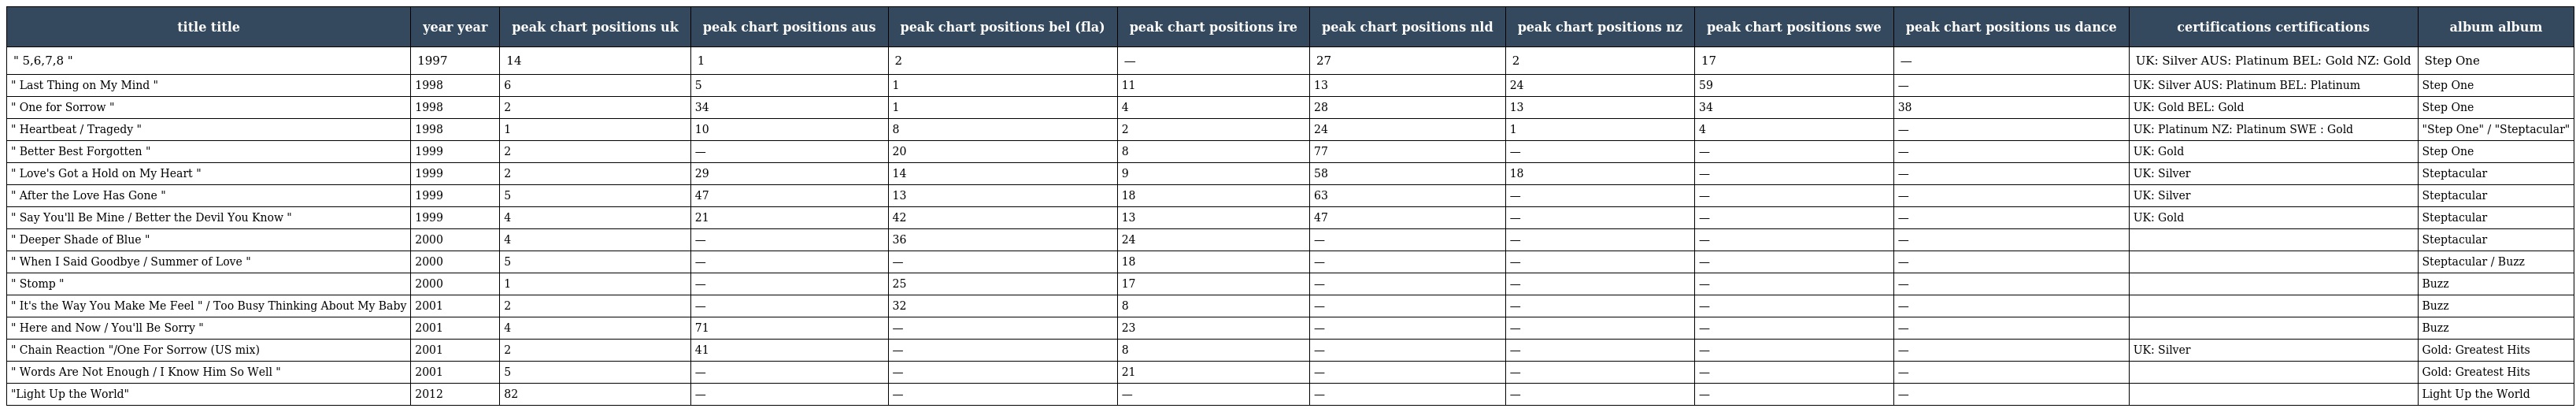
| title title | year year | peak chart positions uk | peak chart positions aus | peak chart positions bel (fla) | peak chart positions ire | peak chart positions nld | peak chart positions nz | peak chart positions swe | peak chart positions us dance | certifications certifications | album album |
 | --- | --- | --- | --- | --- | --- | --- | --- | --- | --- | --- | --- |
 | " 5,6,7,8 " | 1997 | 14 | 1 | 2 | — | 27 | 2 | 17 | — | UK: Silver AUS: Platinum BEL: Gold NZ: Gold | Step One |
 | " Last Thing on My Mind " | 1998 | 6 | 5 | 1 | 11 | 13 | 24 | 59 | — | UK: Silver AUS: Platinum BEL: Platinum | Step One |
 | " One for Sorrow " | 1998 | 2 | 34 | 1 | 4 | 28 | 13 | 34 | 38 | UK: Gold BEL: Gold | Step One |
 | " Heartbeat / Tragedy " | 1998 | 1 | 10 | 8 | 2 | 24 | 1 | 4 | — | UK: Platinum NZ: Platinum SWE : Gold | "Step One" / "Steptacular" |
 | " Better Best Forgotten " | 1999 | 2 | — | 20 | 8 | 77 | — | — | — | UK: Gold | Step One |
 | " Love's Got a Hold on My Heart " | 1999 | 2 | 29 | 14 | 9 | 58 | 18 | — | — | UK: Silver | Steptacular |
 | " After the Love Has Gone " | 1999 | 5 | 47 | 13 | 18 | 63 | — | — | — | UK: Silver | Steptacular |
 | " Say You'll Be Mine / Better the Devil You Know " | 1999 | 4 | 21 | 42 | 13 | 47 | — | — | — | UK: Gold | Steptacular |
 | " Deeper Shade of Blue " | 2000 | 4 | — | 36 | 24 | — | — | — | — |  | Steptacular |
 | " When I Said Goodbye / Summer of Love " | 2000 | 5 | — | — | 18 | — | — | — | — |  | Steptacular / Buzz |
 | " Stomp " | 2000 | 1 | — | 25 | 17 | — | — | — | — |  | Buzz |
 | " It's the Way You Make Me Feel " / Too Busy Thinking About My Baby | 2001 | 2 | — | 32 | 8 | — | — | — | — |  | Buzz |
 | " Here and Now / You'll Be Sorry " | 2001 | 4 | 71 | — | 23 | — | — | — | — |  | Buzz |
 | " Chain Reaction "/One For Sorrow (US mix) | 2001 | 2 | 41 | — | 8 | — | — | — | — | UK: Silver | Gold: Greatest Hits |
 | " Words Are Not Enough / I Know Him So Well " | 2001 | 5 | — | — | 21 | — | — | — | — |  | Gold: Greatest Hits |
 | "Light Up the World" | 2012 | 82 | — | — | — | — | — | — | — |  | Light Up the World |